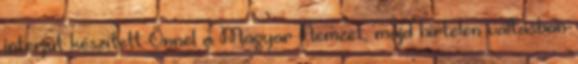
interjút készített Önnel a Magyar Nemzet, majd hirtelen váltásban